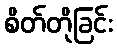
စိတ်တိုခြင်း